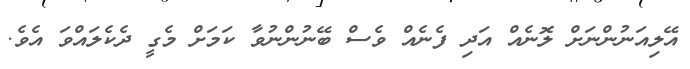
އޭލިއަނުންނަށް ލޮނެއް އަދި ފެނެއް ވެސް ބޭނުންނުވާ ކަމަށް މެގީ ދެކެލައްވަ އެވެ.